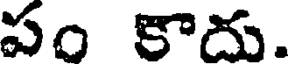
పం కాదు.